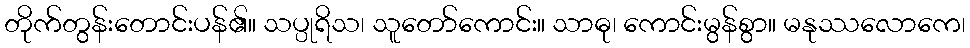
တိုက်တွန်းတောင်းပန်၏။ သပ္ပုရိသ၊ သူတော်ကောင်း။ သာဓု၊ ကောင်းမွန်စွာ။ မနုဿလောကေ၊